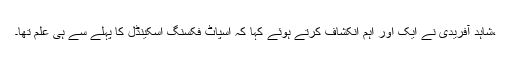
،شاہد آفریدی نے ایک اور اہم انکشاف کرتے ہوئے کہا کہ اسپاٹ فکسنگ اسکینڈل کا پہلے سے ہی علم تھا۔